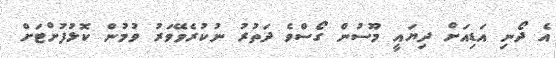
އެ ދޯނި އަޑިއަށް ދިޔައީ މޫސުން ގޯސްވެ ދަތުރު ނުކުރެވޭވަރު ވުމުން ކޮޅުފުށްޓަށް